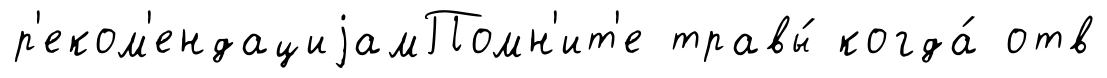
р'еком'ендациjамПомн'ит'е травы́ когда́ отв